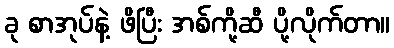
ခု စာအုပ်နဲ့ ဖိပြီး အစ်ကို့ဆီ ပို့လိုက်တာ။